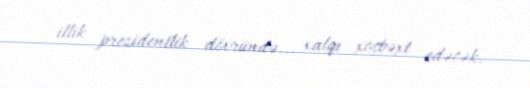
illik prezidentlik dövründə... xalqı xoşbəxt edəcək.